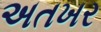
અતખર